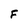
Character: F